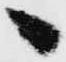
へ